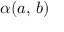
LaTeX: \alpha ( a , \, b )